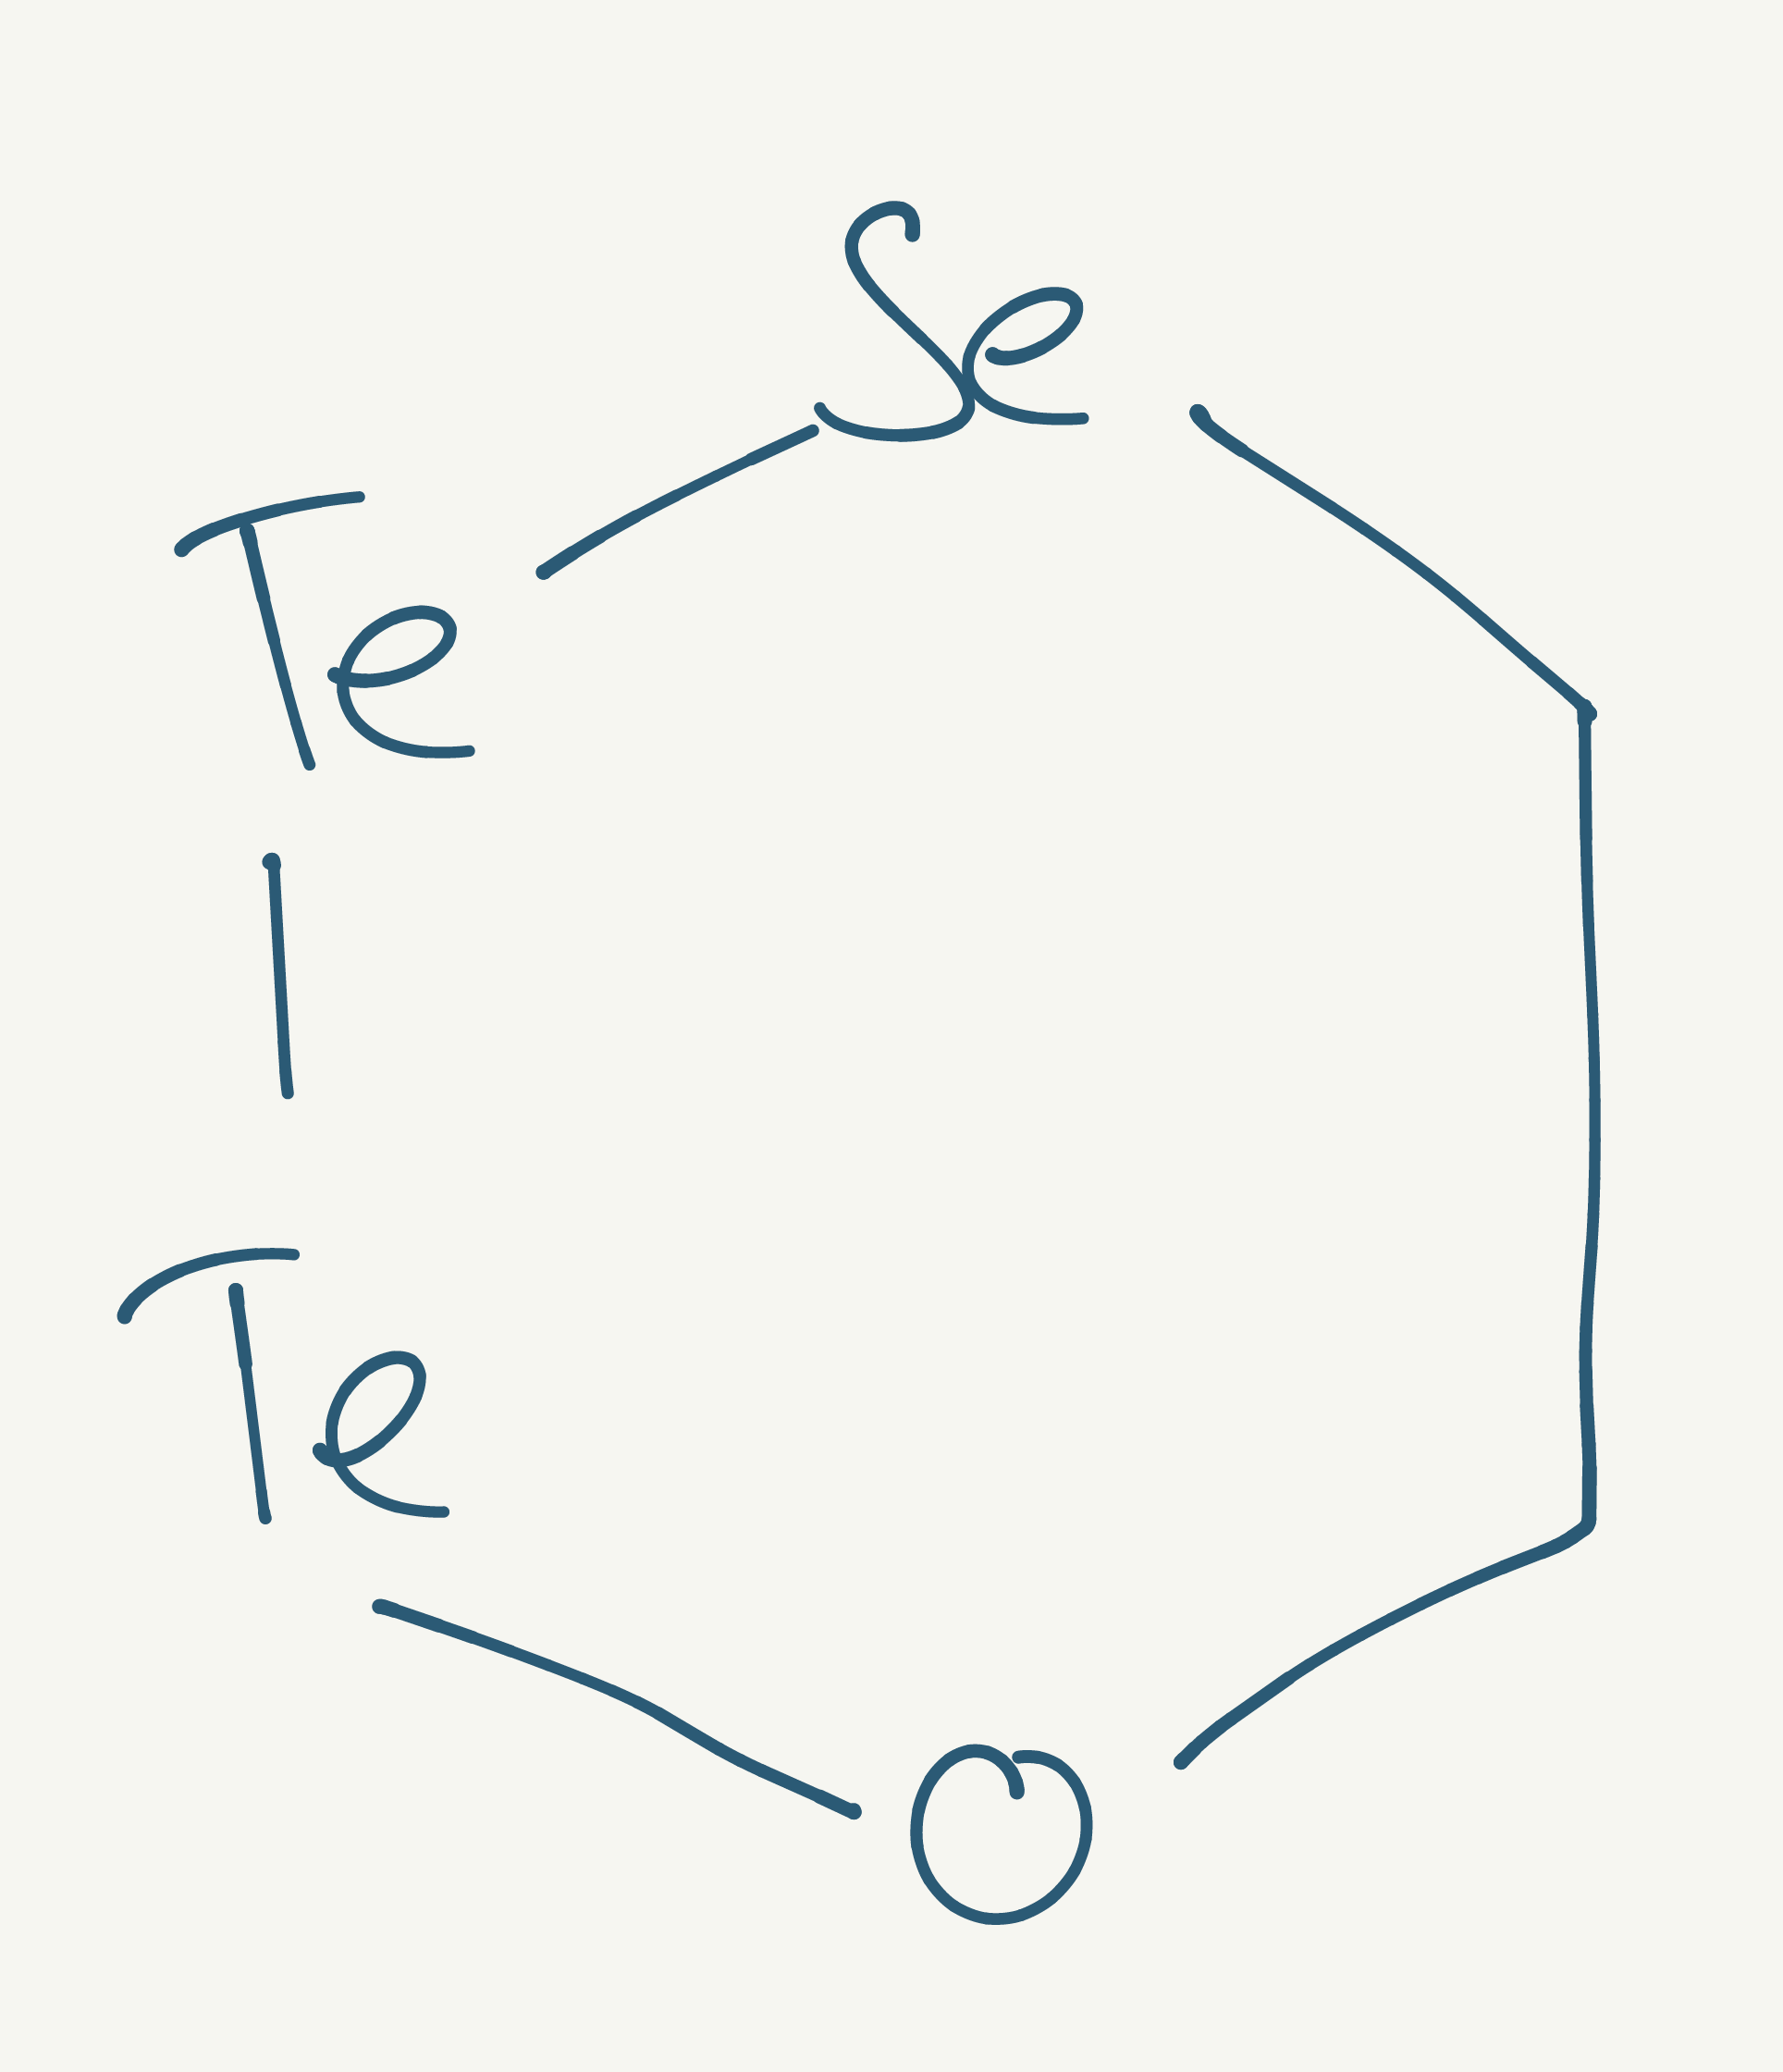
Simplified molecular-input line-entry system (SMILES) notation of the given molecule:
C1C[Se][Te][Te]O1